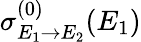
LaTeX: \sigma_{E_{1}\rightarrow E_{2}}^{(0)}(E_{1})